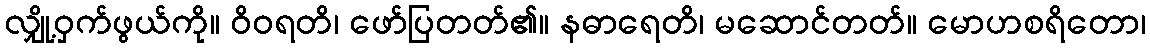
လျှို့ဝှက်ဖွယ်ကို။ ဝိဝရတိ၊ ဖော်ပြတတ်၏။ နဓာရေတိ၊ မဆောင်တတ်။ မောဟစရိတော၊